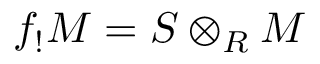
f _ { ! } M = S \otimes _ { R } M